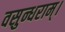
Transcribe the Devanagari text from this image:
वसुन्धराम्।